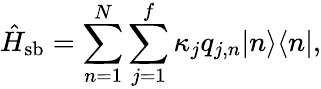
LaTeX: \hat{H}_{\mathrm{sb}}=\sum_{n=1}^{N}\sum_{j=1}^{f}\kappa_{j}q_{j,n}|n\rangle\langle n|,